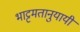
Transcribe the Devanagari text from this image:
भाट्टमतानुयायी